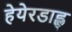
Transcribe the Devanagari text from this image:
हेयेरडाह्ल